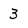
Character: 3